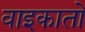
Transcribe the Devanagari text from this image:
वाइकातो